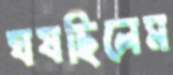
ঘষছিলেম